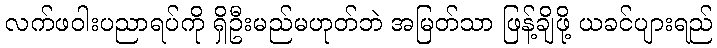
လက်ဖဝါးပညာရပ်ကို ရှိဦးမည်မဟုတ်ဘဲ အမြတ်သာ ဖြန့်ချိဖို့ ယခင်ပျားရည်